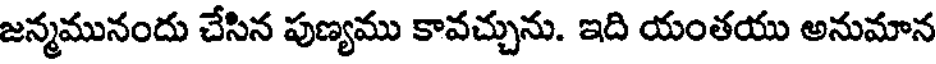
జన్మమునందు చేసిన పుణ్యము కావచ్చును. ఇది యంతయు అనుమాన